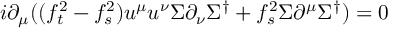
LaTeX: i \partial _ { \mu } ( ( f _ { t } ^ { 2 } - f _ { s } ^ { 2 } ) u ^ { \mu } u ^ { \nu } \Sigma \partial _ { \nu } \Sigma ^ { \dagger } + f _ { s } ^ { 2 } \Sigma \partial ^ { \mu } \Sigma ^ { \dagger } ) = 0